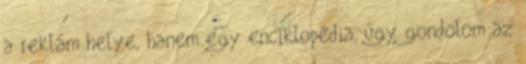
a reklám helye, hanem egy enciklopédia, úgy gondolom az